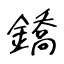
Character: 鐈